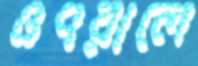
ওৎরালে